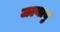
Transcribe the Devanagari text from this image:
जल्यायु